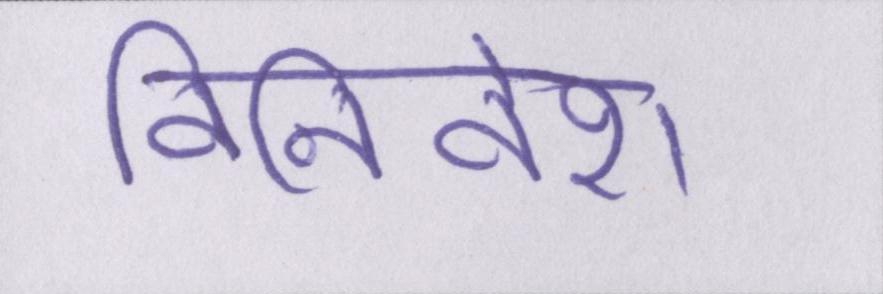
विनिवेश